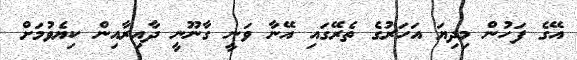
އޭގެ ފަހުން މިދިޔަ އަހަރުގެ ތެރޭގައި އޭނާ ވަނީ ގާނޫނީ ދާއިރާއިން ކިޔެވުމަށް